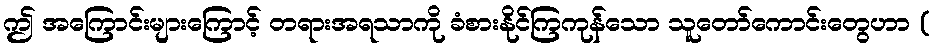
ဤ အကြောင်းများကြောင့် တရားအရသာကို ခံစားနိုင်ကြကုန်သော သူတော်ကောင်းတွေဟာ (